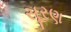
સૂરણ